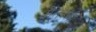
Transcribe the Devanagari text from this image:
मैतरणी